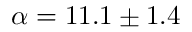
\alpha = 1 1 . 1 \pm 1 . 4